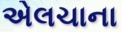
એલચાના